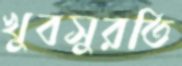
খুবসুরতি